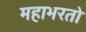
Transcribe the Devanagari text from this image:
महाभरतो